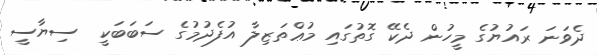
ދެވަނަ ރައުޔުގެ މީހުން ދެކޭ ގޮތުގައި މުޢްތަޒިލާ އުފެދުމުގެ ސަބަބަކީ  ސިޔާސީ